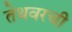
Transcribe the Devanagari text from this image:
तेथवरची